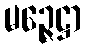
မဉ္ဇေဋ္ဌာ